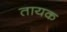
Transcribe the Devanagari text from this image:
तायक